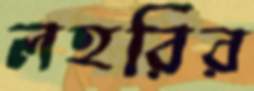
লহরির